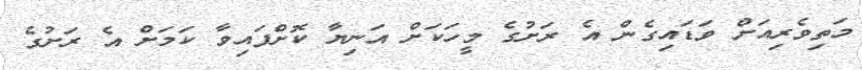
މަތިވެރިއަށް ވަޑައިގެން އެ ރަށުގެ މީހަކަށް އަނިޔާ ކޮށްފައިވާ ކަމަށް އެ ރަށުގެ